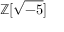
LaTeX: \mathbb { Z } [ { \sqrt { - 5 } } ]